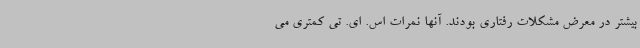
بیشتر در معرض مشکلات رفتاری بودند. آنها نمرات اس. ای. تی کمتری می